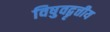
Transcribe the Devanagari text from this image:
विषुवद्वृत्तीय